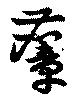
麞